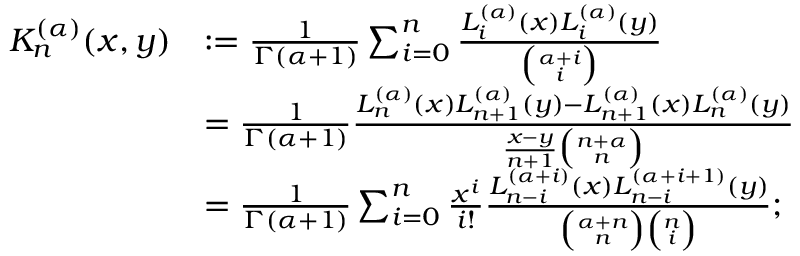
{ \begin{array} { r l } { K _ { n } ^ { ( \alpha ) } ( x , y ) } & { : = { \frac { 1 } { \Gamma ( \alpha + 1 ) } } \sum _ { i = 0 } ^ { n } { \frac { L _ { i } ^ { ( \alpha ) } ( x ) L _ { i } ^ { ( \alpha ) } ( y ) } { \binom { \alpha + i } { i } } } } \\ & { = { \frac { 1 } { \Gamma ( \alpha + 1 ) } } { \frac { L _ { n } ^ { ( \alpha ) } ( x ) L _ { n + 1 } ^ { ( \alpha ) } ( y ) - L _ { n + 1 } ^ { ( \alpha ) } ( x ) L _ { n } ^ { ( \alpha ) } ( y ) } { { \frac { x - y } { n + 1 } } { \binom { n + \alpha } { n } } } } } \\ & { = { \frac { 1 } { \Gamma ( \alpha + 1 ) } } \sum _ { i = 0 } ^ { n } { \frac { x ^ { i } } { i ! } } { \frac { L _ { n - i } ^ { ( \alpha + i ) } ( x ) L _ { n - i } ^ { ( \alpha + i + 1 ) } ( y ) } { { \binom { \alpha + n } { n } } { \binom { n } { i } } } } ; } \end{array} }